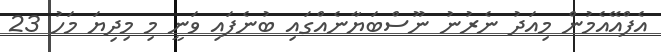
އެފްއޭއެމުން މިއަދު ނެރުނު ނޫސްބަޔާނެއްގައި ބުނެފައި ވަނީ މި މިދިޔަ މަހު 23